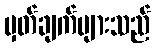
မှတ်ချက်များသည်